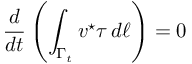
\frac { d } { d t } \left( \int _ { \Gamma _ { t } } \boldsymbol { v } ^ { \star } \boldsymbol { \tau } \, d \ell \right) = 0